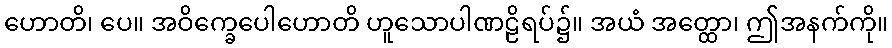
ဟောတိ၊ ပေ။ အဝိက္ခေပေါဟောတိ ဟူသောပါဏဠိရပ်၌။ အယံ အတ္ထော၊ ဤအနက်ကို။